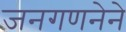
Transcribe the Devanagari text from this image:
जनगणनेने